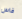
فاس